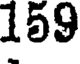
159